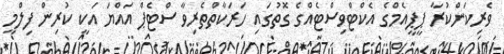
ވެރިކަންކުރާ ޕީޕީއެމްގެ އެކްޓްވިސްޓެއްގެ ގޮތުގައި ހަރަކާތްތެރިވާ ސްޓެޕް އައްޔަ އަކީ ކުރިން ފިލްމީ